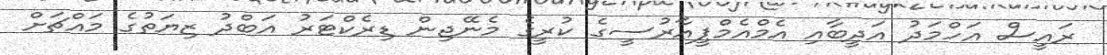
ރައީސް އަހްމަދު އަދީބާއި އެމްއެމްޕީއާރުސީގެ ކުރީގެ މެނޭޖިން ޑިރެކްޓަރު އަބްދު ޒިޔަތުގެ މައްޗަށް